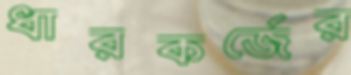
ধারকর্জের